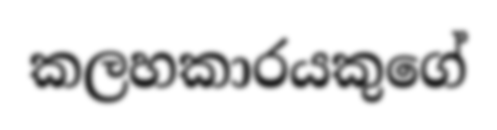
කලහකාරයකුගේ